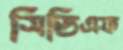
সিডিএফ